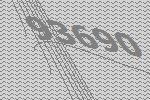
93690